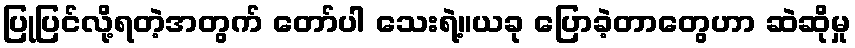
ပြုပြင်လို့ရတဲ့အတွက် တော်ပါ သေးရဲ့။ယခု ပြောခဲ့တာတွေဟာ ဆဲဆိုမှု